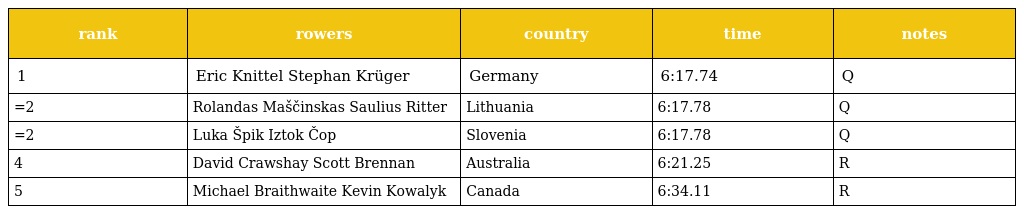
| rank | rowers | country | time | notes |
 | --- | --- | --- | --- | --- |
 | 1 | Eric Knittel Stephan Krüger | Germany | 6:17.74 | Q |
 | =2 | Rolandas Maščinskas Saulius Ritter | Lithuania | 6:17.78 | Q |
 | =2 | Luka Špik Iztok Čop | Slovenia | 6:17.78 | Q |
 | 4 | David Crawshay Scott Brennan | Australia | 6:21.25 | R |
 | 5 | Michael Braithwaite Kevin Kowalyk | Canada | 6:34.11 | R |